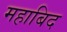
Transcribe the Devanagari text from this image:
महाबिद